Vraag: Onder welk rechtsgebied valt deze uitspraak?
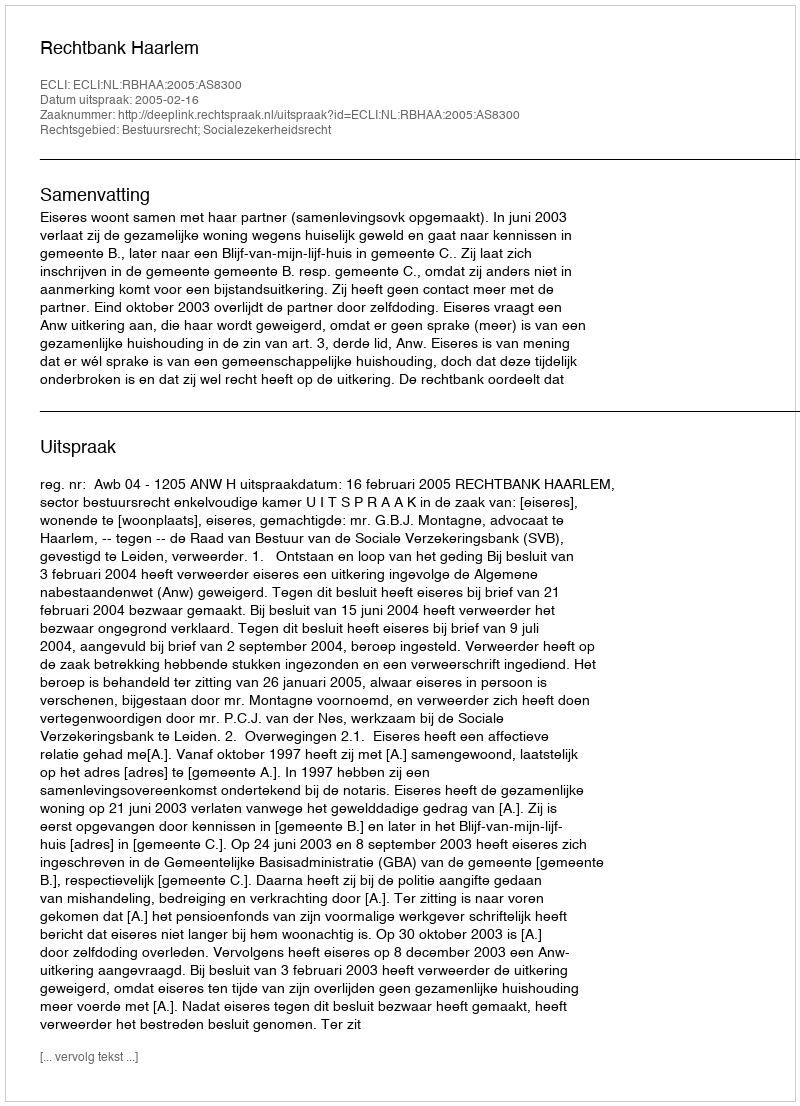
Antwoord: Bestuursrecht; Socialezekerheidsrecht